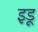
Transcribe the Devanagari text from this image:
इडू